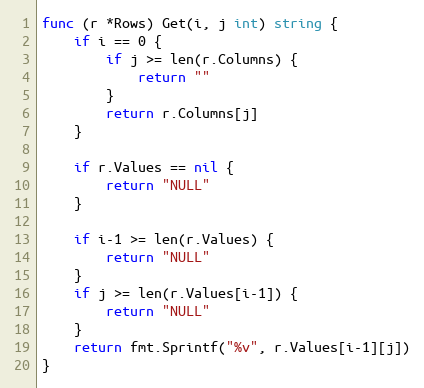
Language: Go
func (r *Rows) Get(i, j int) string {
	if i == 0 {
		if j >= len(r.Columns) {
			return ""
		}
		return r.Columns[j]
	}

	if r.Values == nil {
		return "NULL"
	}

	if i-1 >= len(r.Values) {
		return "NULL"
	}
	if j >= len(r.Values[i-1]) {
		return "NULL"
	}
	return fmt.Sprintf("%v", r.Values[i-1][j])
}